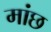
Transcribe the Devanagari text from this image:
मांछ